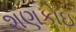
શણકોઇ